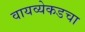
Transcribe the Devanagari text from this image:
वायव्येकडचा